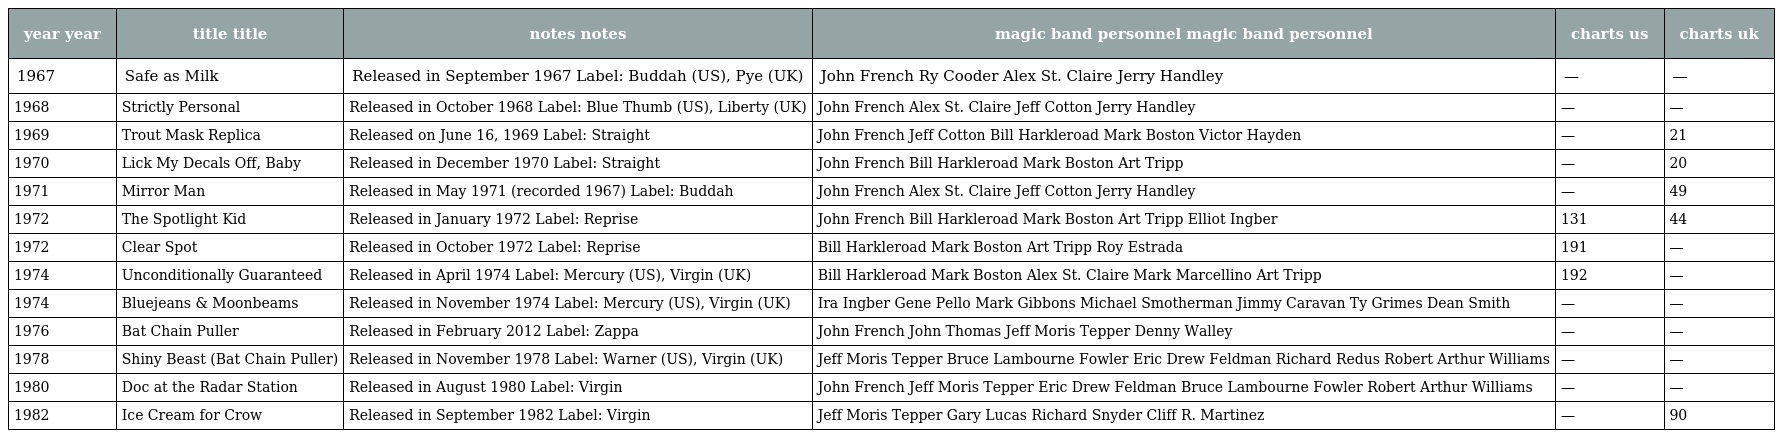
| year year | title title | notes notes | magic band personnel magic band personnel | charts us | charts uk |
 | --- | --- | --- | --- | --- | --- |
 | 1967 | Safe as Milk | Released in September 1967 Label: Buddah (US), Pye (UK) | John French Ry Cooder Alex St. Claire Jerry Handley | — | — |
 | 1968 | Strictly Personal | Released in October 1968 Label: Blue Thumb (US), Liberty (UK) | John French Alex St. Claire Jeff Cotton Jerry Handley | — | — |
 | 1969 | Trout Mask Replica | Released on June 16, 1969 Label: Straight | John French Jeff Cotton Bill Harkleroad Mark Boston Victor Hayden | — | 21 |
 | 1970 | Lick My Decals Off, Baby | Released in December 1970 Label: Straight | John French Bill Harkleroad Mark Boston Art Tripp | — | 20 |
 | 1971 | Mirror Man | Released in May 1971 (recorded 1967) Label: Buddah | John French Alex St. Claire Jeff Cotton Jerry Handley | — | 49 |
 | 1972 | The Spotlight Kid | Released in January 1972 Label: Reprise | John French Bill Harkleroad Mark Boston Art Tripp Elliot Ingber | 131 | 44 |
 | 1972 | Clear Spot | Released in October 1972 Label: Reprise | Bill Harkleroad Mark Boston Art Tripp Roy Estrada | 191 | — |
 | 1974 | Unconditionally Guaranteed | Released in April 1974 Label: Mercury (US), Virgin (UK) | Bill Harkleroad Mark Boston Alex St. Claire Mark Marcellino Art Tripp | 192 | — |
 | 1974 | Bluejeans & Moonbeams | Released in November 1974 Label: Mercury (US), Virgin (UK) | Ira Ingber Gene Pello Mark Gibbons Michael Smotherman Jimmy Caravan Ty Grimes Dean Smith | — | — |
 | 1976 | Bat Chain Puller | Released in February 2012 Label: Zappa | John French John Thomas Jeff Moris Tepper Denny Walley | — | — |
 | 1978 | Shiny Beast (Bat Chain Puller) | Released in November 1978 Label: Warner (US), Virgin (UK) | Jeff Moris Tepper Bruce Lambourne Fowler Eric Drew Feldman Richard Redus Robert Arthur Williams | — | — |
 | 1980 | Doc at the Radar Station | Released in August 1980 Label: Virgin | John French Jeff Moris Tepper Eric Drew Feldman Bruce Lambourne Fowler Robert Arthur Williams | — | — |
 | 1982 | Ice Cream for Crow | Released in September 1982 Label: Virgin | Jeff Moris Tepper Gary Lucas Richard Snyder Cliff R. Martinez | — | 90 |